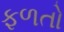
ફળતો